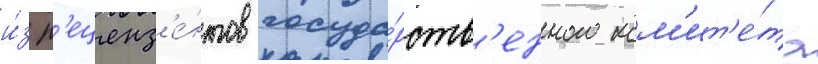
и́з р'еценз'е́нтов госуда́рств'енного ком'ит'е́та